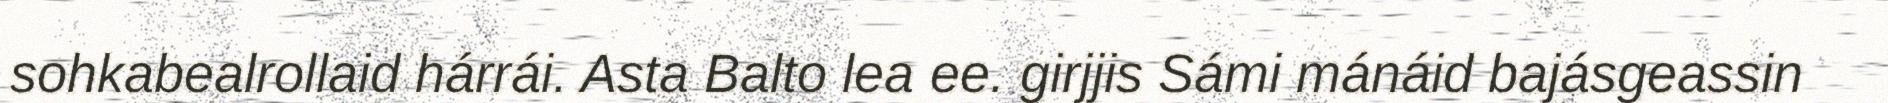
sohkabealrollaid hárrái. Asta Balto lea ee. girjjis Sámi mánáid bajásgeassin